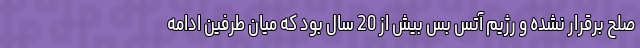
صلح برقرار نشده و رژیم آتس بس بیش از 20 سال بود که میان طرفین ادامه